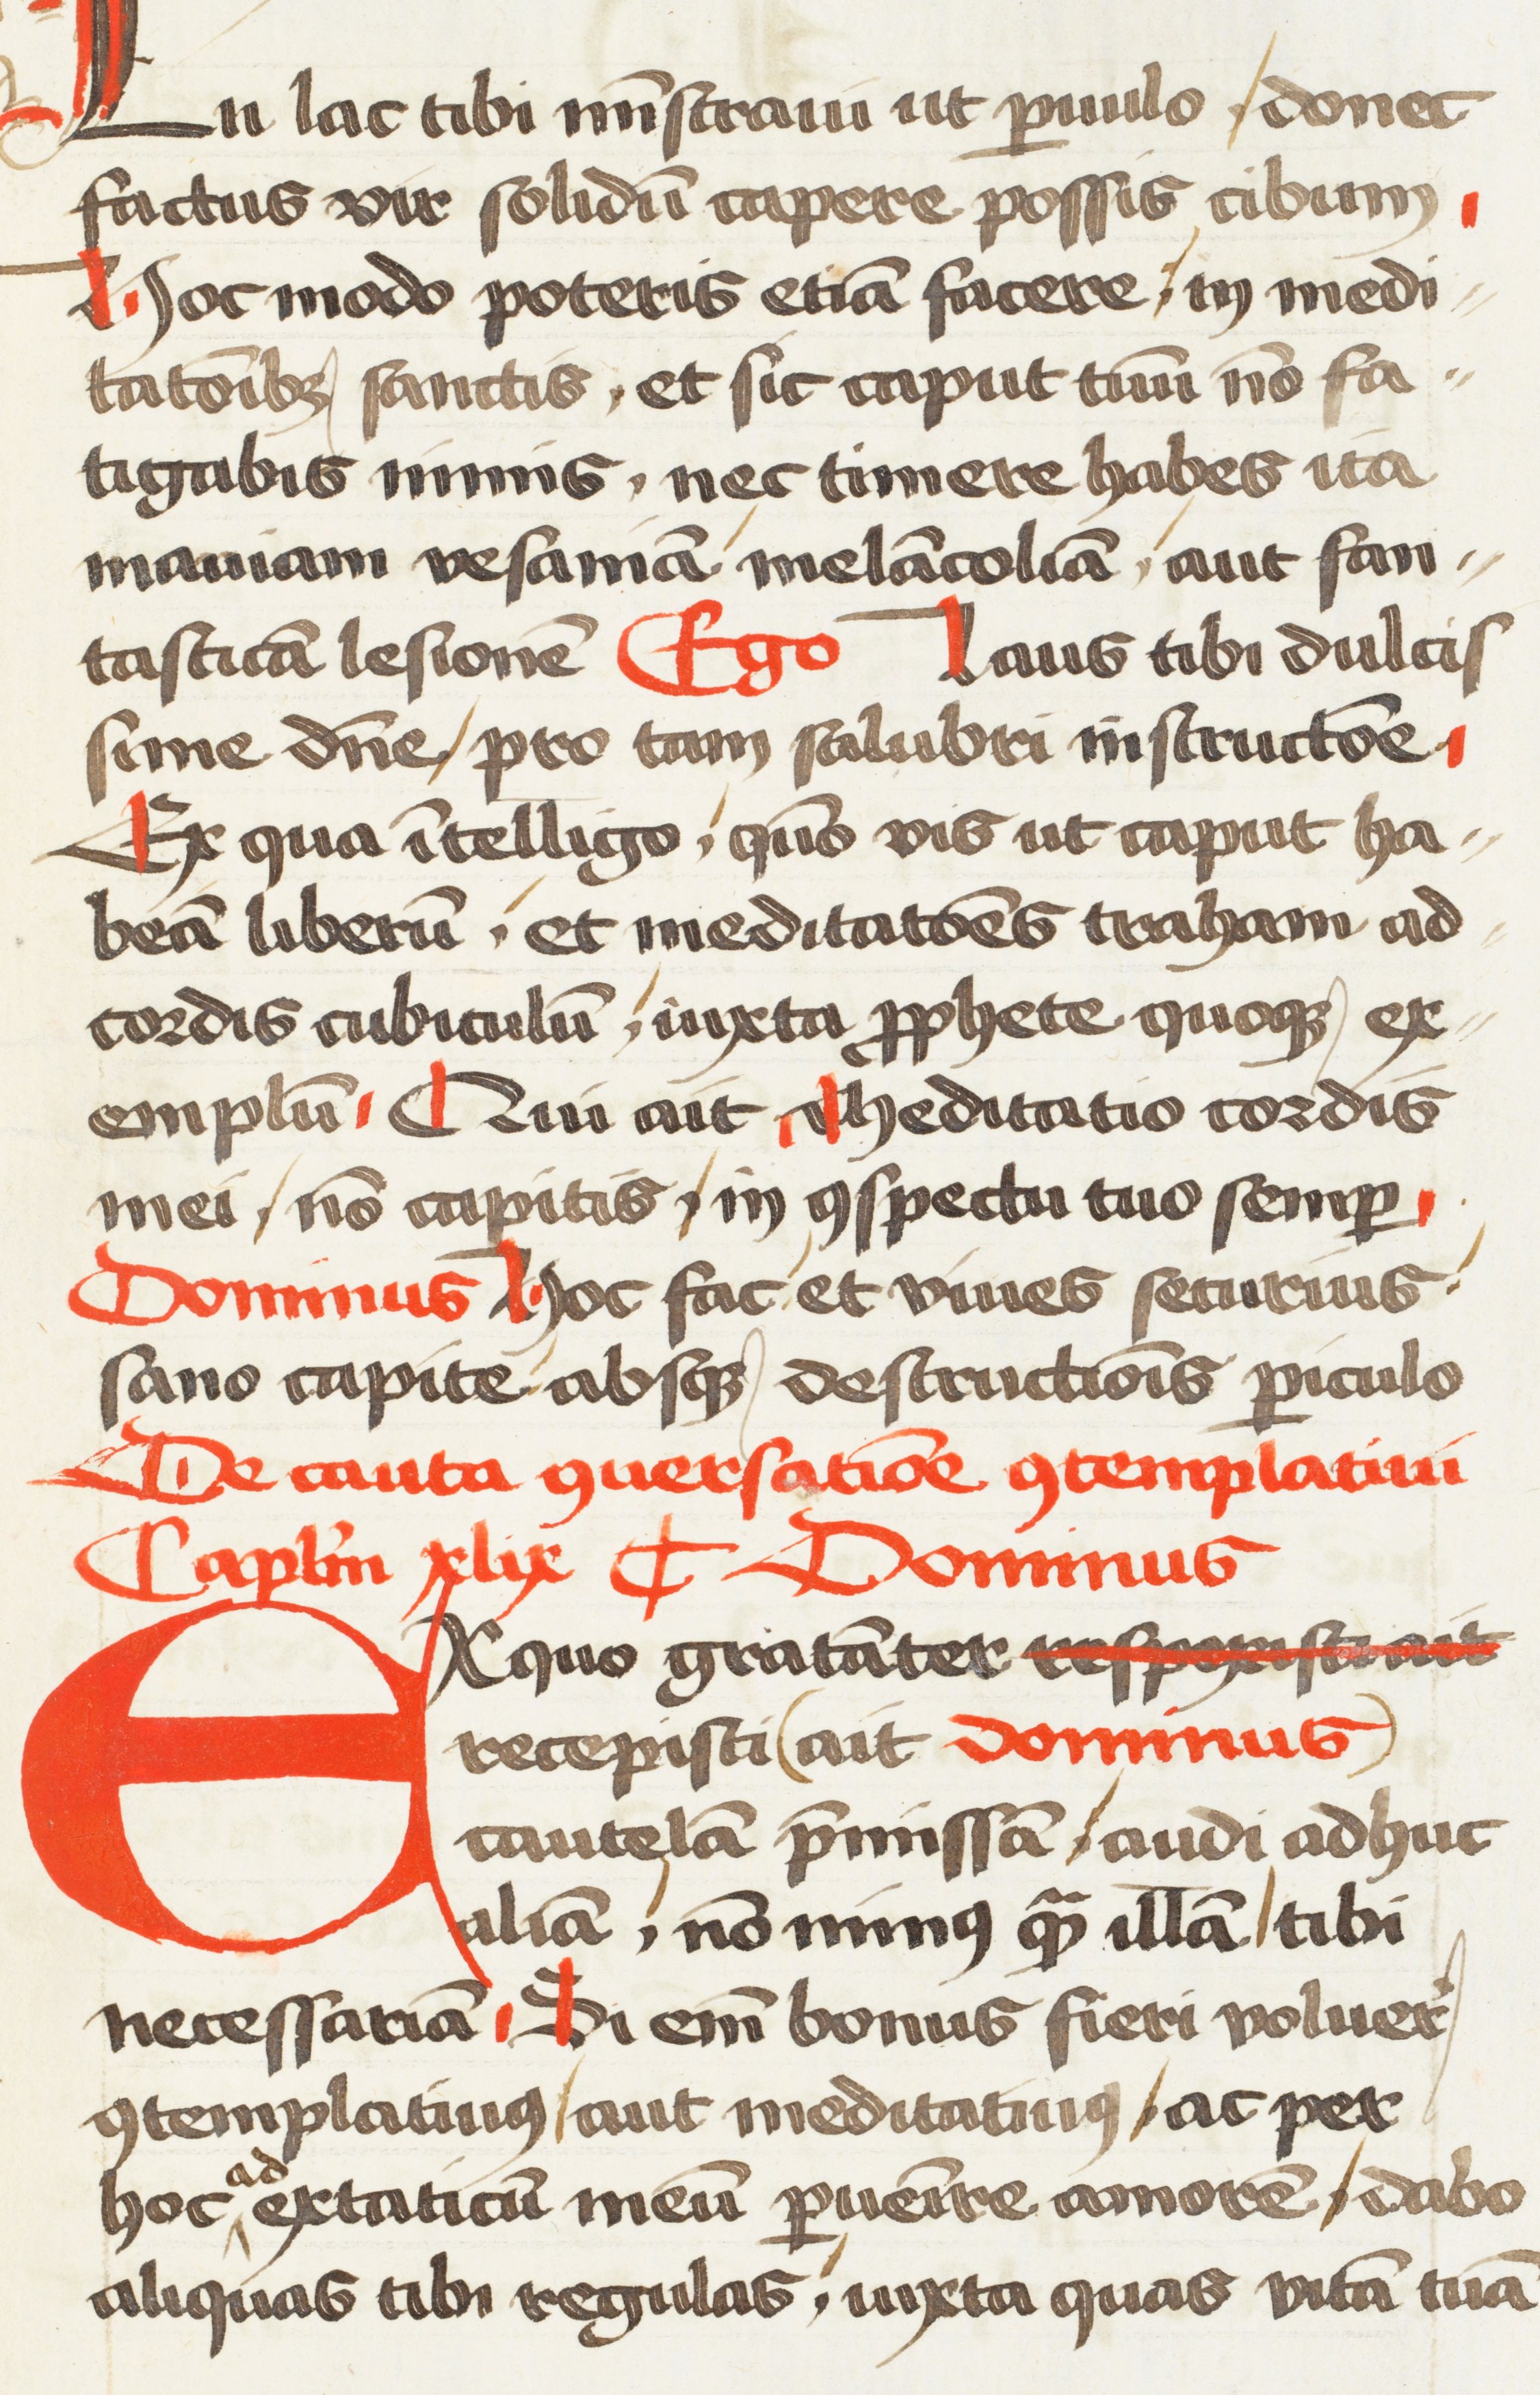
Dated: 1472–1472